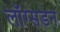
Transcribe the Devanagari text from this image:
लॉग्सडन